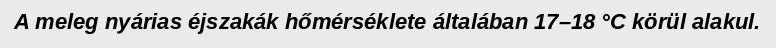
A meleg nyárias éjszakák hőmérséklete általában 17–18 °C körül alakul.